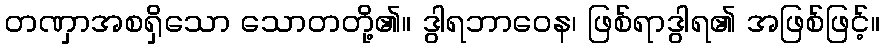
တဏှာအစရှိသော သောတတို့၏။ ဒွါရဘာဝေန၊ ဖြစ်ရာဒွါရ၏ အဖြစ်ဖြင့်။